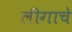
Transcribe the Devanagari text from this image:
लीगाचे